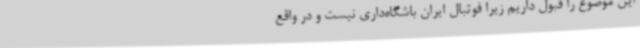
این موضوع را قبول داریم زیرا فوتبال ایران باشگاه‌داری نیست و در واقع